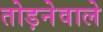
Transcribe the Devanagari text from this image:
तोड़नेवाले